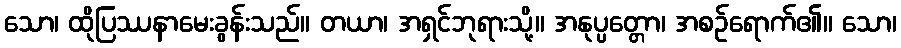
သော၊ ထိုပြဿနာမေးခွန်းသည်။ တယာ၊ အရှင်ဘုရားသို့။ အနုပ္ပတ္တော၊ အစဉ်ရောက်၏။ သော၊